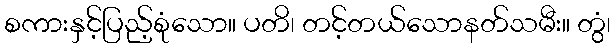
စကားနှင့်ပြည့်စုံသော။ ပတိ၊ တင့်တယ်သောနတ်သမီး။ တွံ၊